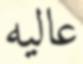
عاليه